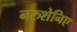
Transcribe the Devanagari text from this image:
नरुशेनिए